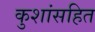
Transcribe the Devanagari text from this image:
कुशांसहित